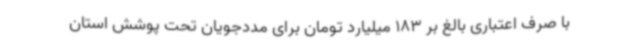
با صرف اعتباری بالغ بر 183 میلیارد تومان برای مددجویان تحت پوشش استان